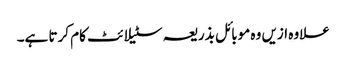
علاوہ ازیں وہ موبائل بذریعہ سٹیلائٹ کام کرتا ہے۔